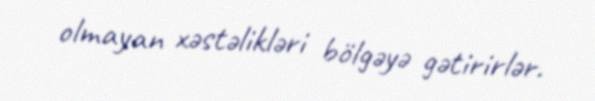
olmayan xəstəlikləri bölgəyə gətirirlər.